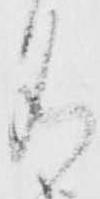
名